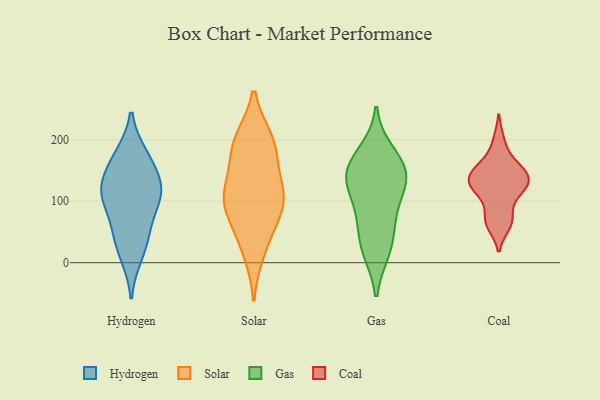
{"axis": {"x": "Tickets Resolved", "y": "Value"}, "legend": ["Coal", "Gas", "Hydrogen", "Solar"], "data": [{"x": "", "y": 173, "type": "Hydrogen"}, {"x": "", "y": 105, "type": "Hydrogen"}, {"x": "", "y": 169, "type": "Hydrogen"}, {"x": "", "y": 117, "type": "Hydrogen"}, {"x": "", "y": 40, "type": "Hydrogen"}, {"x": "", "y": 55, "type": "Hydrogen"}, {"x": "", "y": 13, "type": "Hydrogen"}, {"x": "", "y": 140, "type": "Hydrogen"}, {"x": "", "y": 113, "type": "Hydrogen"}, {"x": "", "y": 106, "type": "Hydrogen"}, {"x": "", "y": 103, "type": "Solar"}, {"x": "", "y": 18, "type": "Solar"}, {"x": "", "y": 46, "type": "Solar"}, {"x": "", "y": 199, "type": "Solar"}, {"x": "", "y": 89, "type": "Solar"}, {"x": "", "y": 95, "type": "Solar"}, {"x": "", "y": 194, "type": "Solar"}, {"x": "", "y": 108, "type": "Solar"}, {"x": "", "y": 159, "type": "Solar"}, {"x": "", "y": 194, "type": "Solar"}, {"x": "", "y": 117, "type": "Solar"}, {"x": "", "y": 19, "type": "Gas"}, {"x": "", "y": 148, "type": "Gas"}, {"x": "", "y": 116, "type": "Gas"}, {"x": "", "y": 60, "type": "Gas"}, {"x": "", "y": 22, "type": "Gas"}, {"x": "", "y": 180, "type": "Gas"}, {"x": "", "y": 163, "type": "Gas"}, {"x": "", "y": 140, "type": "Gas"}, {"x": "", "y": 73, "type": "Gas"}, {"x": "", "y": 117, "type": "Gas"}, {"x": "", "y": 146, "type": "Gas"}, {"x": "", "y": 137, "type": "Coal"}, {"x": "", "y": 119, "type": "Coal"}, {"x": "", "y": 157, "type": "Coal"}, {"x": "", "y": 198, "type": "Coal"}, {"x": "", "y": 110, "type": "Coal"}, {"x": "", "y": 143, "type": "Coal"}, {"x": "", "y": 129, "type": "Coal"}, {"x": "", "y": 140, "type": "Coal"}, {"x": "", "y": 68, "type": "Coal"}, {"x": "", "y": 124, "type": "Coal"}, {"x": "", "y": 62, "type": "Coal"}, {"x": "", "y": 160, "type": "Coal"}, {"x": "", "y": 72, "type": "Coal"}]}